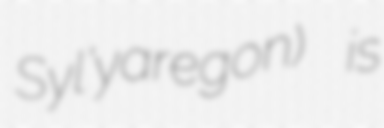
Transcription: Syl’yaregon) is